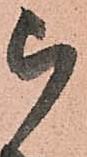
被